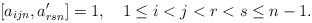
LaTeX: \begin{align*}[a_{ijn},a'_{rsn}] = 1, \quad 1 \le i<j<r<s \le n-1.\end{align*}